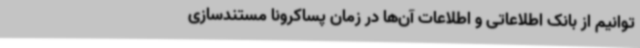
توانیم از بانک اطلاعاتی و اطلاعات آن‌ها در زمان پساکرونا مستندسازی